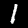
Digit: 1